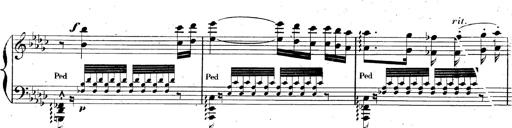
Title: AnnÃ©es de pÃ¨lerinage II, SupplÃ©ment
Composer: Franz Liszt